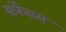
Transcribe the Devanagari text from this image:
सर्फ़ेसस